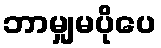
ဘာမျှမပိုပေ